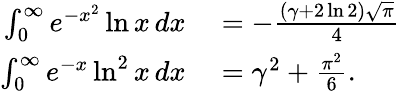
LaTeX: \begin{array}{rl}{\int_{0}^{\infty}e^{-x^{2}}\ln x\, dx}&{{}=-{\frac{(\gamma+2\ln 2){\sqrt{\pi}}}{4}}}\\ {\int_{0}^{\infty}e^{-x}\ln^{2}x\, dx}&{{}=\gamma^{2}+{\frac{\pi^{2}}{6}}.}\end{array}